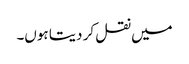
میں نقل کر دیتا ہوں۔